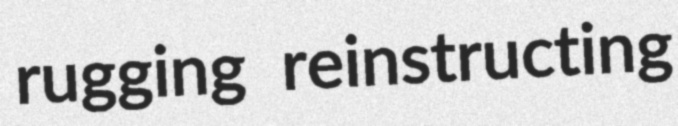
rugging reinstructing